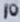
Text: 10